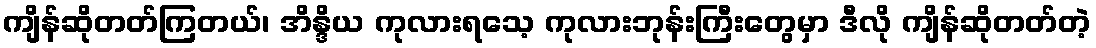
ကျိန်ဆိုတတ်ကြတယ်၊ အိန္ဒိယ ကုလားရသေ့ ကုလားဘုန်းကြီးတွေမှာ ဒီလို ကျိန်ဆိုတတ်တဲ့